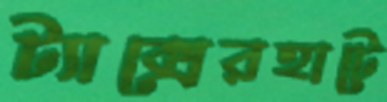
ট্যাক্সেরহাটে